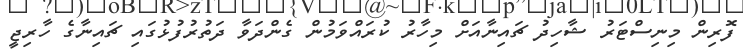
ފޮރިން މިނިސްޓަރު ޝާހިދު ޗައިނާއަށް މިހާރު ކުރައްވަމުން ގެންދަވާ ދަތުރުފުޅުގައި ޗައިނާގެ ހާރިޖީ